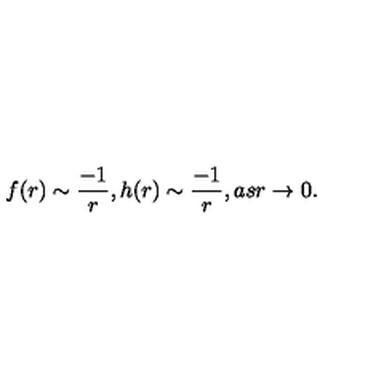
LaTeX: f ( r ) \sim \frac { - 1 } { r } , h ( r ) \sim \frac { - 1 } { r } , a s r \rightarrow 0 .